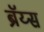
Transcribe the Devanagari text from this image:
ब्रॅय्स